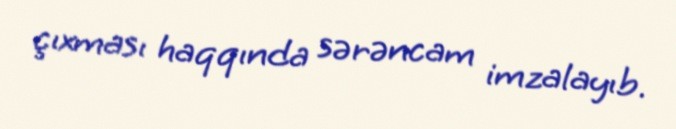
çıxması haqqında sərəncam imzalayıb.